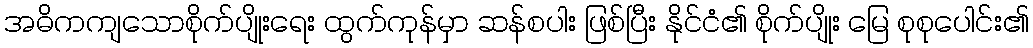
အဓိကကျသောစိုက်ပျိုးရေး ထွက်ကုန်မှာ ဆန်စပါး ဖြစ်ပြီး နိုင်ငံ၏ စိုက်ပျိုး မြေ စုစုပေါင်း၏